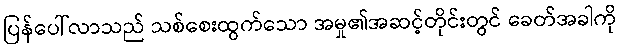
ပြန်ပေါ်လာသည် သစ်စေးထွက်သော အမှု၏အဆင့်တိုင်းတွင် ခေတ်အခါကို